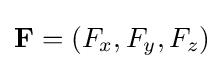
\mathbf {F} =(F_{x},F_{y},F_{z})